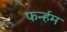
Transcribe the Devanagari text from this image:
फर्न्हम